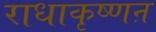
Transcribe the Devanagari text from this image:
राधाकृष्णऩ